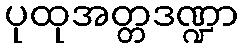
ပုထုအတ္တဒဏ္ဍာ